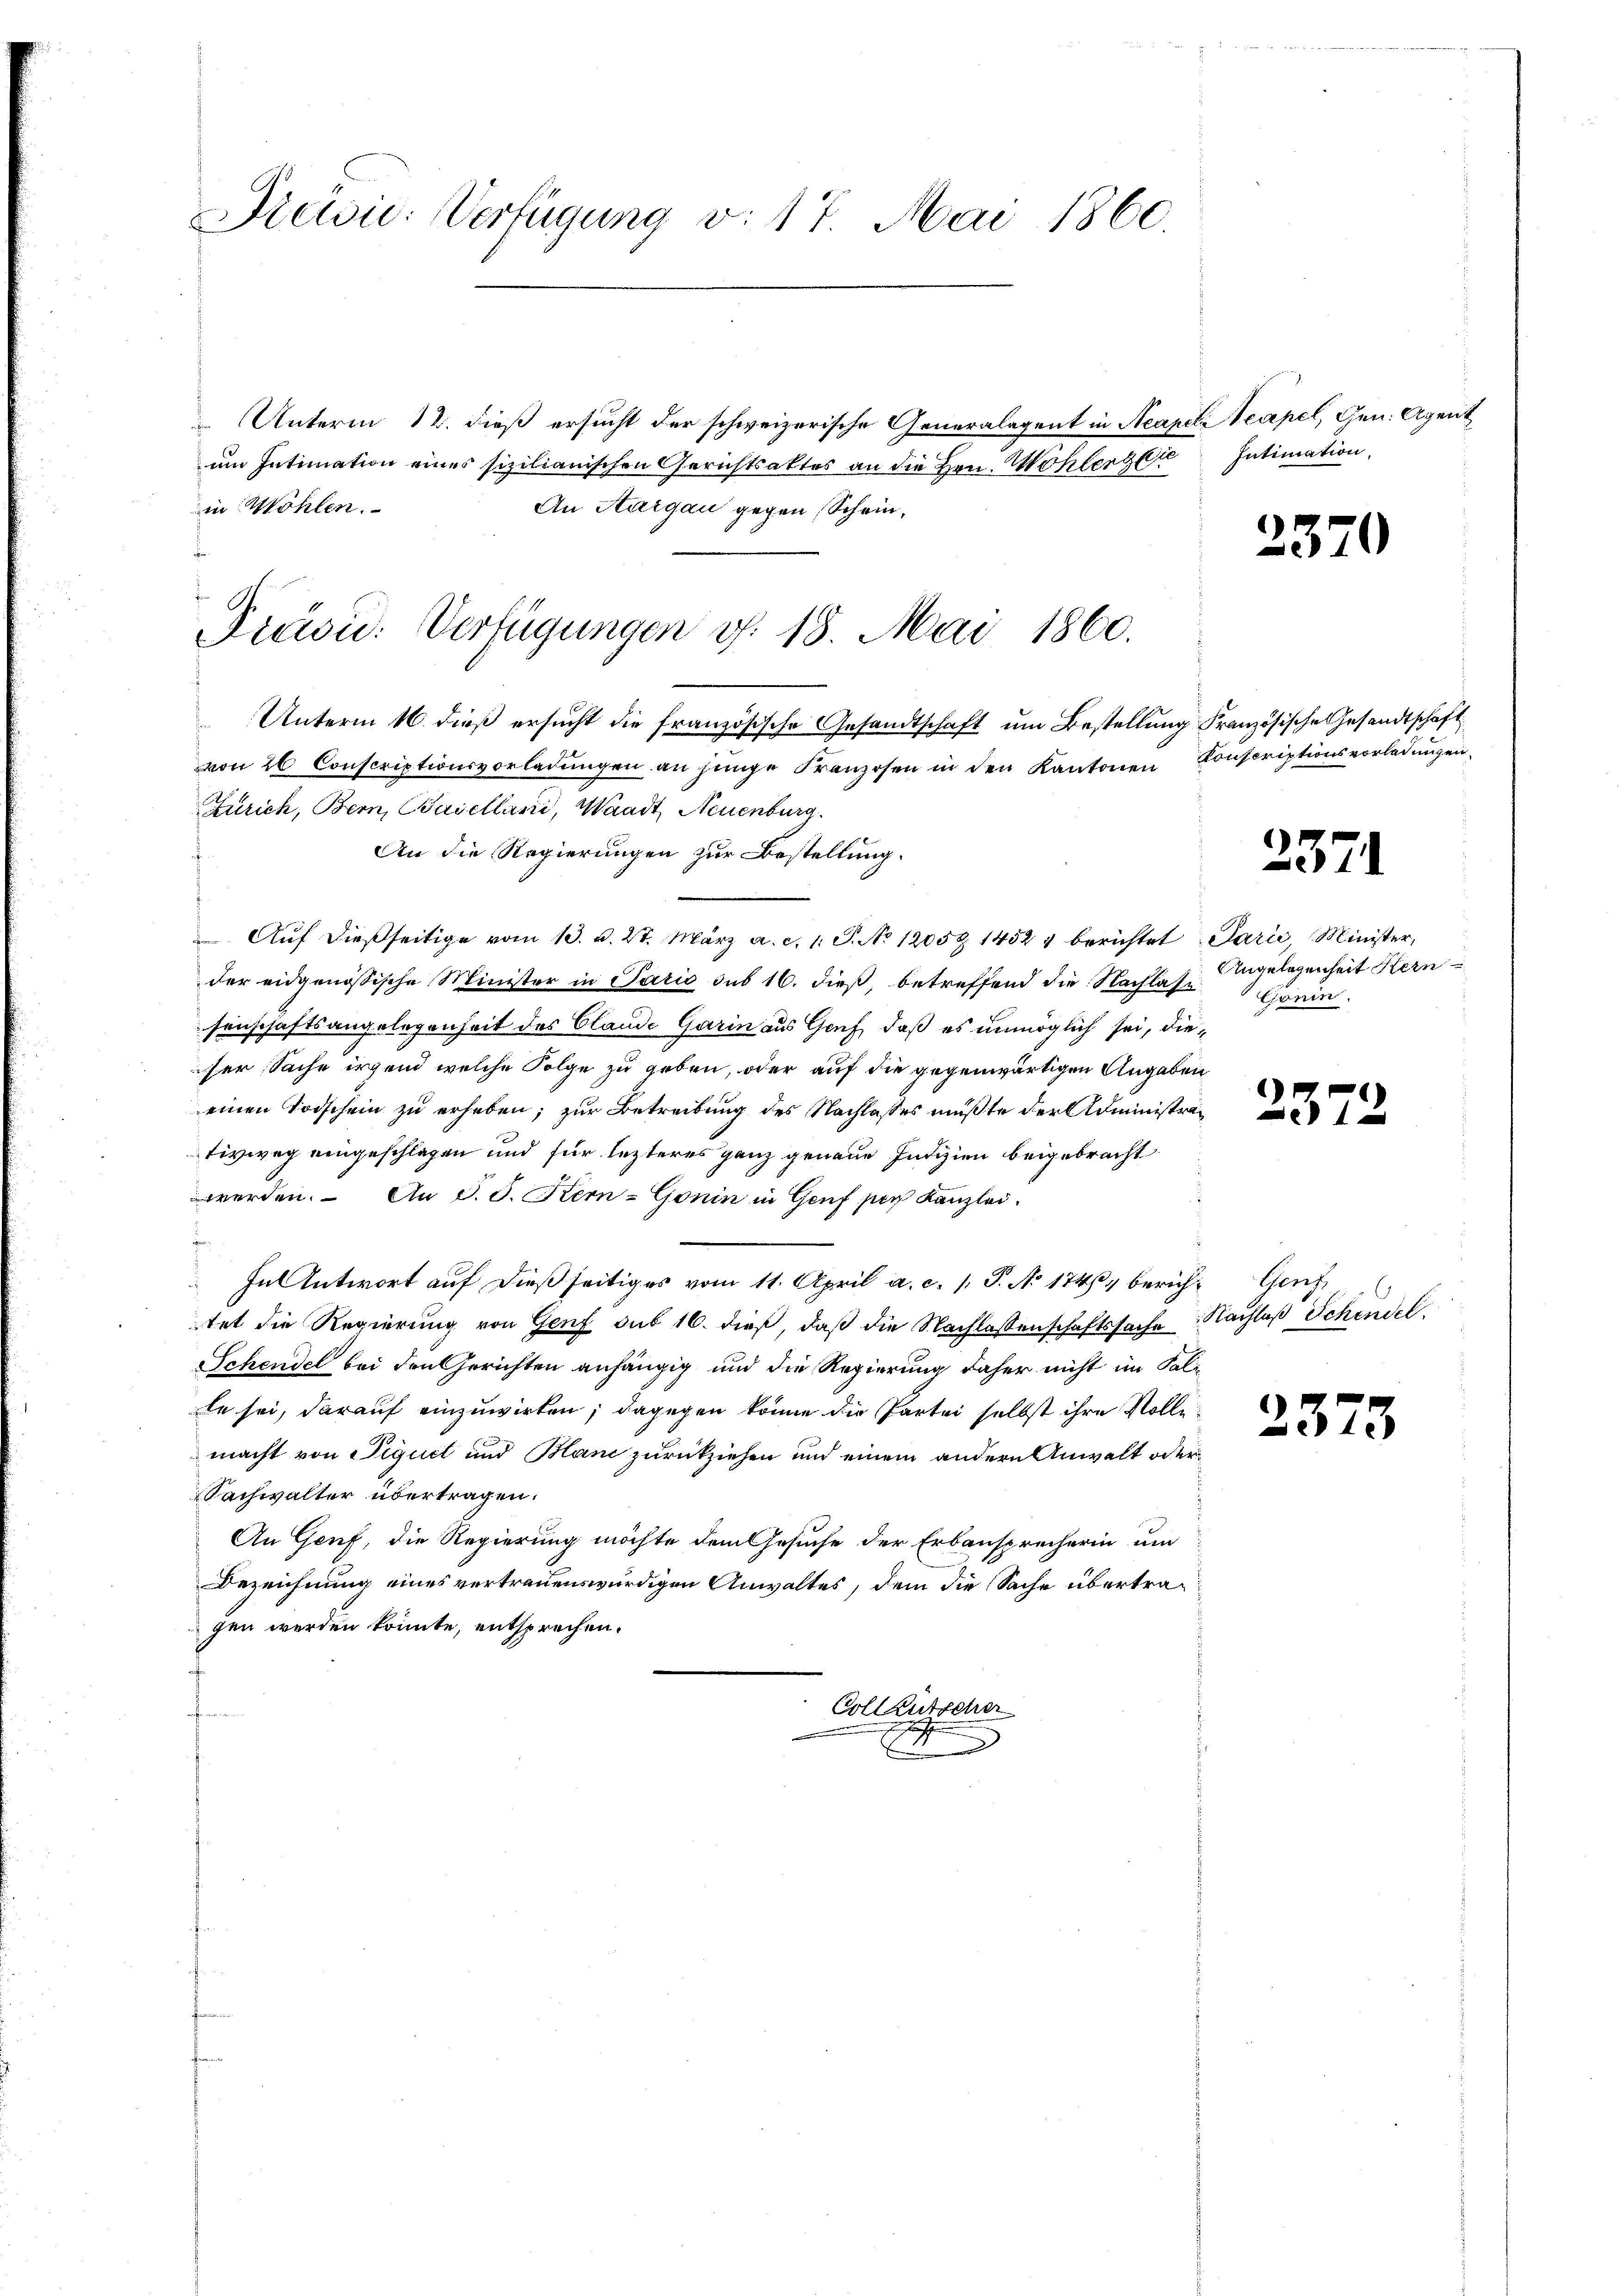
Drewsic: Verfügung v. 17. Mai 1860.

Unterm 12. dieß ersucht der schweizerische Generalagent in Acapeli Neapel, Gen. Agent
um Intimation eines sizilianischen Gerichtsaktes an die Hrn. Wohlerzer Intimation,
in Wöhlen.
An Aargau gegen Schein,

Präsid. Verfügungen d. 18. Mai 1860.

Unterm 16. dieß ersucht die französische Gesandtschaft um Bestellung Französische Gesandtschaft
von 26 Conscriptionsvorladungen an junge Franzosen in den Kantonen Konscriptionsvorladungen
Zürich, Bern, Baselland, Waadt, Neuenburg.
An die Regierungen zur Bestellung.
e
Aŭf dießseitige vom 13. d. 27. März a. c. 1. P. No 12059 1452 4 berichtet Parić, Minister,
der eidgenössische Minister in Paris sub 16. dieß, betreffend die Nachlase Grein
senschaftsangelegenheit des Clande Garin aus Gach, daß es unmöglich sei, dieser Sache irgend welche Folge zu geben, oder auf die gegenwärtigen Angaben
einen Todschein zu erheben; zur Betreibung des Nachlasses müßte der Administrativweg eingeschlagen und für lezteres ganz genaue Intizien beigebracht
werden. An S. S. Kern-Gonin in Genf per Kanzlei.
In Antwort auf dießseitiges vom 11. April a. c. /: P. Nr. 174, berich-Genf,
tet die Regierung von Genf sub 16. dieß, daß die Nachlassenschaftssache Nachlaß Schindel
Schendel bei den Gerichten anhängig und die Regierung daher nicht im Fal-
le sei, darauf einzuwirken; dagegen könne die Partei selbst ihre Volle
macht von Liquit und Band zurückziehen und einem andern Anwalt oder
Sachwalter übertragen.
An Genf, die Regierung möchte dem Gesuche der Erbausprecherin um
Bezeichnung eines vertrauenswürdigen Anwaltes, dem die Sache übertragen werden könnte, entsprechen.
Coll Kutscher

2370

2371

Angelegenheit Kern

e
572

2373